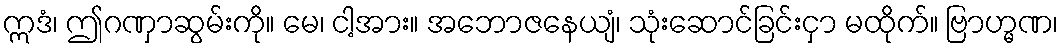
ဣဒံ၊ ဤဂဏှာဆွမ်းကို။ မေ၊ ငါ့အား။ အဘောဇနေယျံ၊ သုံးဆောင်ခြင်းငှာ မထိုက်။ ဗြာဟ္မဏ၊